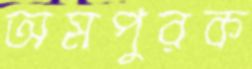
অমপুরক